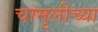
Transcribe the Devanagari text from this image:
चामुलीच्या